Insane asylums Bombay 1873-77 - 1873-1877
Year: 1873
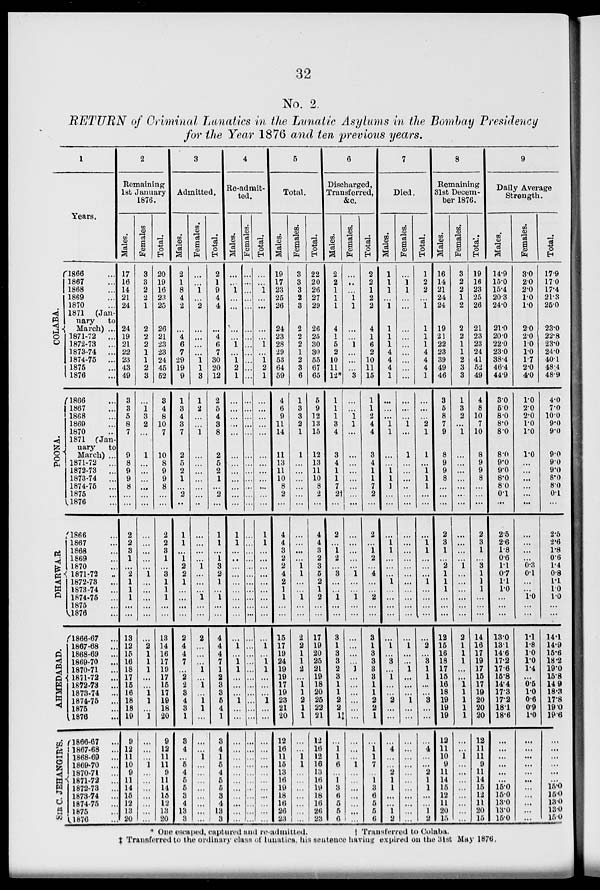
32
No. 2.
RETURN of Criminal Lunatics in the Lunatic Asylums in the Bombay Presidency
for the Year 1876 and ten previous years.
1
Years.
COLABA.
POONA.
DHARWAR
AHMEDABAD.
SIB
C. JEHANGIR'S.
1866 ...
1867 ...
1868 ...
1869 ...
1870 ...
1871
(Jan-
uary
to
March) ...
1871-72
...
1872-73
...
1873-74 ...
1874-75 ...
1875 ...
1876 ...
1866 ...
1867 ...
1868 ...
1869 ...
1870 ...
1871 (Jan-
uary
to
March) ...
1871-72
...
1872-73
...
1873-74
...
1874-75
...
1875 ...
1876 ...
1866 ...
1867 ...
1868 ...
1869 ...
1870 ...
1871-72 ...
1872-73
...
1873-74
...
1874-75
...
1875 ...
1876 ...
1866-67
...
1867-68 ...
1868-69
...
1869-70
...
1870-71
...
1871-72
...
1872-73
...
1873-74
...
1874-75
...
1875 ...
1876 ...
1866-67
...
1867-68
...
1868-69 ...
1869-70 ...
1870-71
...
1871-72 ...
1872-73
...
1873-74
...
1874-75 ...
1875 ...
1876 ...
2
Remaining
1st January
1876.
Males.
17
16
14
21
24
24
19
21
22
23
43
49
3
3
5
8
7
9
8
9
9
8
...
...
2
2
3
1
...
2
1
1
1
...
...
13
12
15
16
18
17
15
16
18
18
19
9
12
11
10
9
11
14
15
12
13
20
Females
3
3
2
2
1
2
2
2
1
1
2
3
...
1 3
2
...
1
...
...
...
...
...
...
...
...
...
...
...
1
...
...
...
...
...
...
2
1
1
1
...
...
1
1
...
1
...
...
...
1
...
...
...
...
...
...
...
Total.
20
19
16
23
25
26
21
23
23
24
45
52
3
4
8
10
7
10
8
9
9
8
...
...
2
2
3
1
...
3
1
1
1
...
...
13
14
16
17
19
17
15
17
19
18
20
9
12
11
11
9
11
14
15
12
13
20
3
Admitted.
Males.
2
1
8
4
2
...
4
6
7
29
19
9
1
3
4
3
7
2
5
2
1
...
2
...
1
1
...
1
2
2
1
...
...
...
...
2
4
4
7
...
2
2
3
4
3
1
3
4
...
5
4
5
5
3
4
13
3
Females.
...
...
1 ...
2
...
...
...
...
1
1
3
1
2
...
...
1
...
...
...
...
...
...
...
...
...
...
...
1
...
...
...
1
...
...
2
...
...
...
1
...
1
...
1
1
...
...
...
1
...
...
...
...
...
...
...
...
Total.
2
1
9
4
4
...
4
6
7
30
20
12
2
5
4
3
8
2
5
2
1
...
2
...
1
1
...
1
3
2
1
...
1
...
...
4
4
4
7
1
2
3
3
5
4
1
3
4
1
5
4
5
5
3
4
13
3
4
Re-admit-
ted.
Males.
...
...
1
...
...
...
...
1
...
1
2
1
...
...
...
...
...
...
...
...
...
...
...
...
1
1
...
...
...
...
...
...
...
...
...
...
1
...
1
1
...
...
...
1
...
...
...
...
...
...
...
...
...
...
...
...
...
Females.
...
...
...
...
...
...
...
...
...
...
...
...
...
...
...
...
...
...
...
...
...
...
...
...
...
...
...
...
...
...
...
...
...
...
...
...
...
...
...
...
...
...
...
...
...
...
...
...
...
...
...
...
...
...
...
...
...
Total.
...
...
1
...
...
...
...
1
...
1
2
1
...
...
...
...
...
...
...
...
...
...
...
...
1
1
...
...
...
...
...
...
...
...
...
...
1
...
1
1
...
...
...
1
...
...
...
...
...
...
...
...
...
...
...
...
...
5
Total.
Males.
19
17
23
25
26
24
23
28
29
53
64
59
4
6
9
11
14
11
13
11
10
8
2
...
4
4
3
2
2
4
2
1
1
...
...
15
17
19
24
19
19
17
19
23
21
20
12
16
11
15
13
16
19
18
16
26
23
Females.
3
3
3
2
3
2
2
2
1
2
3
6
1
3
3
2
1
1
...
...
...
...
...
...
...
...
...
...
1
1
...
...
1
...
...
2
2
1
1
2
...
1
1
2
1
1
...
...
1
1
...
...
...
...
...
...
...
Total.
22
20
26
27
29
26
25
30
30
55
67
65
5
9
12
13
15
12
13
11
10
8
2
...
4 4
3
2
3
5
2
1
2
...
...
17
19
20
25
21
19
18
20
25
22
21
12
16
12
16
13
16
19
18
16
26
23
6
Discharged,
Transferred,
&c.
Males.
2
2
1
1
1
4
1
5
2
10
11
12*
1
1
1
3
4
3
4
1
1
7
2†
...
2 ...
...
2
...
3
...
...
1
...
...
3
1
3
3
2
3
1
1
2
2
1‡
...
... 1
6
...
1
3
6
5
5
6
Females.
...
...
...
1 1
...
...
1
...
...
...
...
...
...
1
1
...
...
...
...
...
...
...
...
...
...
...
...
...
1
...
...
1
...
...
...
...
...
...
1
...
...
...
...
...
...
...
...
...
1
...
...
...
...
...
...
...
Total.
2
2
1
2
2
4
1
6
2
10
11
15
1
1
2
4
4
3
4
1
1
7
2
...
2
...
1 2
...
4
...
...
2
...
...
3 1
3
3
3
3
1
1
2
2
1
...
1 1
7
...
1
3
6
5
5
6
7
Died.
Males.
1
1
1
...
1
1
1
1
4
4
4
1
...
...
...
1
1
...
...
1
1
1
...
...
. . .
1
1
...
...
...
1
...
...
...
...
...
1
...
3
...
1
...
...
2
...
...
...
4
...
...
2
1
1
...
...
1
2
Females.
...
1 1
...
...
...
...
...
...
...
...
...
...
...
...
1
...
1
...
...
...
...
...
...
...
...
...
...
...
...
...
...
...
...
...
...
1
...
...
1
...
...
...
1
...
...
...
...
...
...
...
...
...
...
...
...
...
Total.
1
2
2
...
1
1
1
1
4
4
4
1
...
...
...
2
1
1
...
1
1
1
...
...
...
1 1
...
...
...
1
...
...
...
...
...
2
...
3
1
1
...
...
3
...
...
...
4
...
...
2
1
1
...
...
1
2
8
Remaining
31st Decem-
ber 1876.
Males.
16
14
21
24
24
19
21
22
23
39
49
46
3
5
8
7
9
8
9
9
8
...
...
...
2
3
1
...
2
1
1
1
...
...
...
12
15
16
18
17
15
16
18
19
19
19
12
11
10
9
11
14
15
12
11
20
15
Females.
3
2
2
1
2
2
2
1
1
2
3
3
1
3
2
...
1
...
...
...
...
...
...
...
...
...
...
...
1
...
...
...
...
...
...
2 1
1
1
...
...
1
1
1
1
1
...
...
1
...
...
...
...
...
...
...
...
Total.
19
16
23
25
26
21
23
23
24
41
52
49
4
8
10
7
10
8
9
9
8
...
...
...
2
3
1
...
3
1
1
1
...
...
...
14
16
17
19
17
15
17
19
20
20
20
12
11
11
9
11
14
15
12
11
20
15
9
Daily Average
Strength.
Males.
14.9
15.0
15.4
20.3
24.0
21.0
20.0
22.0
23.0
38.4
46.4
44.9
3.0
5.0
8.0
8.0
8.0
8.0
9.0
9.0
8.0
8.0
0.1
...
2.5
2.6
1.8
0.6
1.1
0.7
1.1
1.0
...
...
...
13.0
13.1
14.6
17.2
17.6
15.8
14.4
17.3
17.2
18.1
18.6
...
...
...
...
...
...
15.0
15.0
13.0
13.0
15.0
Females.
3.0
2.0
2.0
1.0
1.0
2.0
2.0
1.0
1.0
1.7
2.0
4.0
1.0
2.0
2.0
1.0
1.0
1.0
...
...
...
...
...
...
...
...
...
...
0.3
0.1
...
...
1.0
...
...
1.1
1.8
1.0
1.0 1.4
...
0.5
1.0
0.6
0.9
1.0
...
...
...
...
...
...
...
...
...
...
...
Total.
17.9
17.0
17.4
21.3
25.0
23.0
22.8
23.0
24.0
40.1
48.4
48.9
4.0
7.0
10.0
9.0
9.0
9.0
9.0
9.0
8.0
8.0
0.1
...
2.5
2.6
1.8
0.6
1.4
0.8
1.1
1.0
1.0
...
...
14.1
14.9
15.6
18.2
19.0
15.8
14 9
18.3
17.8
19.0
19.6
...
...
...
...
...
...
15.0
15.0
13.0
13.0
15.0
* One escaped, captured and re-admitted.
| Transferred to Colaba.
‡ Transferred to the ordinary class of lunatics, his sentence having expired on the 31st May 1876.